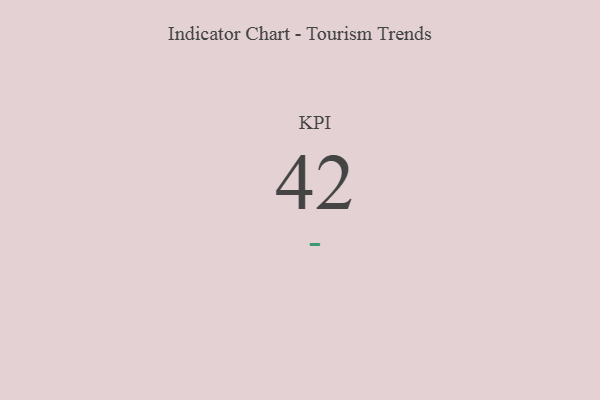
{"axis": {"x": "KPI", "y": "Value"}, "legend": [""], "data": [{"x": "KPI", "y": 42, "type": ""}]}